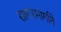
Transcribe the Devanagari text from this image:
सागरमार्गाने